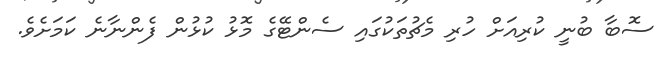
ސޮބާ ބުނީ ކުރިއަށް ހުރި މެެޗުތަކުގައި ސެންޓޭގެ މޮޅު ކުޅުން ފެންނާނެ ކަމަށެވެ.